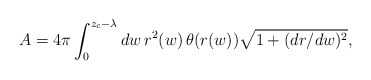
\begin{align*}A=4\pi\int_0^{z_c-\lambda}dw\,r^2(w)\,\theta(r(w))\sqrt{1+(dr/dw)^2},\end{align*}